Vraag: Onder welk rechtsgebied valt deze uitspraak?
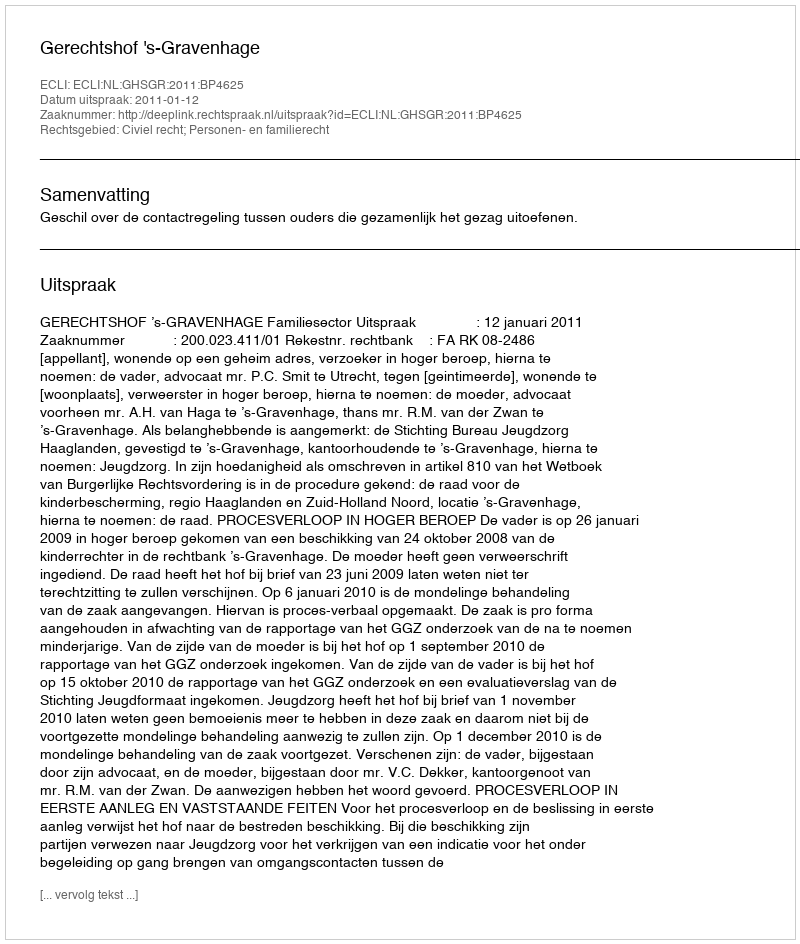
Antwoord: Civiel recht; Personen- en familierecht